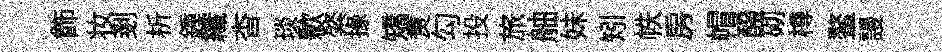
飾妆剗析鍾纖杳琰歉綮掾矯煑勾投旅舳妹矧帙房帽醱砌樽鳌謾